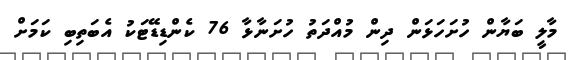
މާލީ ބަޔާން ހުށަހަޅަން ދިން މުއްދަތު ހުށަނާޅާ 76 ކެންޑިޑޭޓަކު އެބަތިބި ކަމަށް